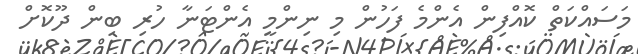
މަސައްކަތް ކޮއްފިން އެންމެ ފަހުން މި ނިންމީ އެންޓަނާ ހުރި ބިން ދޫކޮށް